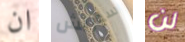
ان سوريش لن